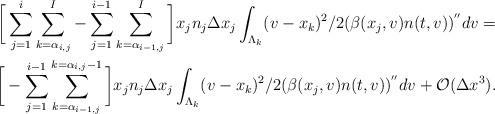
LaTeX: \begin{align*}\bigg[\sum_{j=1}^{i} \sum_{k=\alpha_{i,j}}^I - \sum_{j=1}^{i-1} \sum_{k=\alpha_{i-1,j}}^I \bigg] x_j n_j \Delta x_j \int_{\Lambda_k} (v-x_k)^2/2 (\beta(x_j,v)n(t,v))^{''}dv= \\ \bigg[-\sum_{j=1}^{i-1} \sum_{k=\alpha_{i-1,j}}^{k=\alpha_{i,j}-1}\bigg] x_j n_j \Delta x_j \int_{\Lambda_k} (v-x_k)^2/2 (\beta(x_j,v)n(t,v))^{''}dv+ {\cal O}(\Delta x^3).\end{align*}